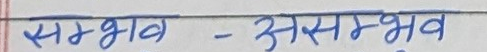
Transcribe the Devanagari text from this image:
सम्भव - असम्भव